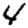
Digit: 4